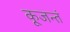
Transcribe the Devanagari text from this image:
कूजन्तं